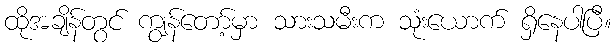
ထိုအချိန်တွင် ကျွန်တော့်မှာ သားသမီးက သုံးယောက် ရှိနေပါပြီ။